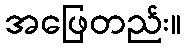
အဖြေတည်း။